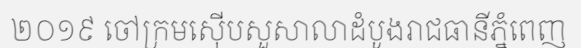
២០១៩ ចៅក្រមស៊ើបសួសាលាដំបូងរាជធានីភ្នំពេញ